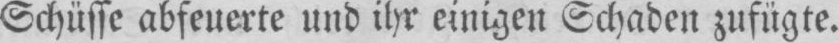
Schüsse abfeuerte und ihr einigen Schaden zufügte.